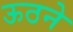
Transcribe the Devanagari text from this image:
ऊठने